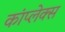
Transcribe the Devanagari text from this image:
कांप्लेक्स